Civil Veterinary Dept. Bombay admin report 1923-31 - 1923-1931
Year: 1923
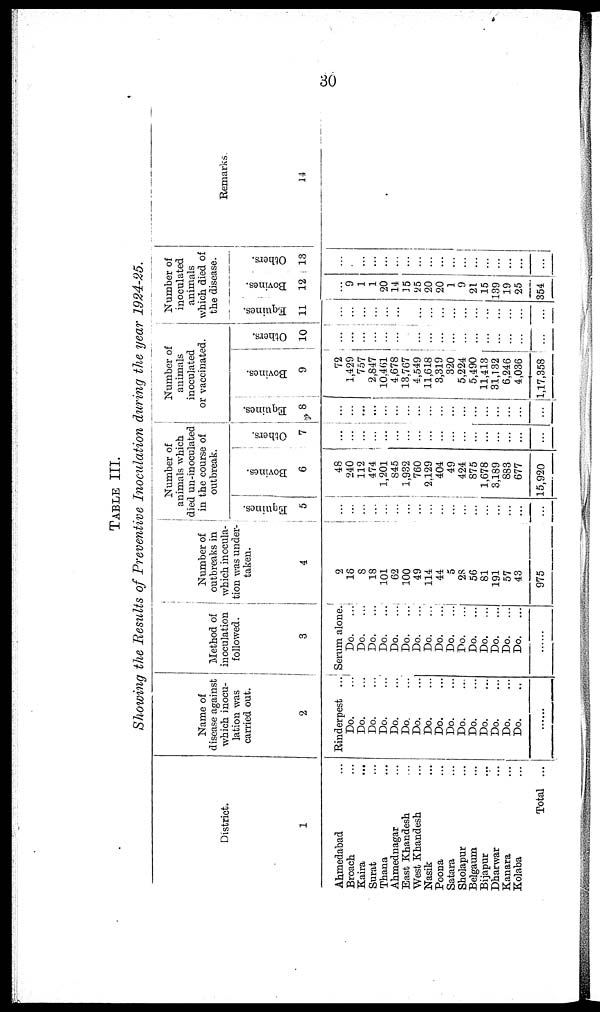
30
TABLE
III.
Showing
the Results
of Preventive
Inoculation
during
the year
1924-25.
District.
1
Ahmedabad ...
Broach ...
Kaira ...
Surat ...
Thana ...
Ahmednagar ...
East Khandesh ...
West Khandesh ...
Nasik ...
Poona ...
Satara ...
Sholapur ...
Belgaum ...
Bijapur
...
Dharwar
...
Kanara
...
Kolaba
...
Total ...
Name of
disease against
which inocu-
lation was
carried out.
2
Rinderpest ...
Do. ...
Do. ...
Do. ...
Do. ...
Do. ...
Do. ...
Do. ...
Do. ...
Do. ...
Do. ...
Do
...
Do. ...
Do. ...
Do. ...
Do. ...
Do. ..
......
Method of
inoculation
followed.
3
Serum alone.
Do.
...
Do.
...
Do.
...
Do.
...
Do.
...
Do.
...
Do.
...
Do.
...
Do.
...
Do.
...
Do.
...
Do. ...
Do.
...
Do. ...
Do.
...
Do.
...
......
Number of
outbreaks in
which inocula¬
tion was under¬
taken.
4
2
18
8
18
101
62
100
49
114
44
5
28
56
81
191
57
43
975
Number of
animals which
died un-inoculated
in the course of
outbreak.
Equines.
5
...
...
...
...
...
...
...
...
...
...
...
...
...
...
...
...
...
...
Bovines.
6
48
240
112
474
1,201
845
1,932
760
2,129
404
49
424
875
1,678
3,189
883
677
15,920
Others.
7
...
...
...
...
...
...
...
...
...
...
...
...
...
...
...
...
...
Number of
animals
inoculated
or vaccinated.
Equines.
8
...
...
...
...
...
...
...
...
...
...
...
...
...
...
...
...
...
...
Bovines.
9
72
1,429
757
2,847
10,461
4,678
13,767
4,549
11,618
3,319
320
5,224
5,490
11,413
31,132
6,246
4,036
1,17,358
Others.
10
...
...
...
...
...
...
...
...
...
...
...
...
...
...
...
...
...
Number of
inoculated
animals
which died of
the disease.
Equines.
11
...
...
...
...
...
...
...
...
...
...
...
...
...
...
...
...
...
Bovines.
12
9
1
1
20
14
35
25
20
20
1
9
21
15
139
19
25
354
Others.
13
...
...
...
...
...
...
...
...
...
...
...
...
...
...
...
...
...
...
Remarks.
14